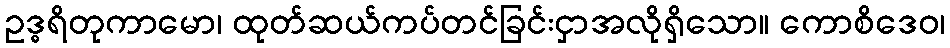
ဥဒ္ဓရိတုကာမော၊ ထုတ်ဆယ်ကပ်တင်ခြင်းငှာအလိုရှိသော။ ကောစိဒေဝ၊